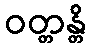
ဝတ္တန္တိ